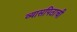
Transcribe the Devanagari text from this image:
व्यासपिठाची